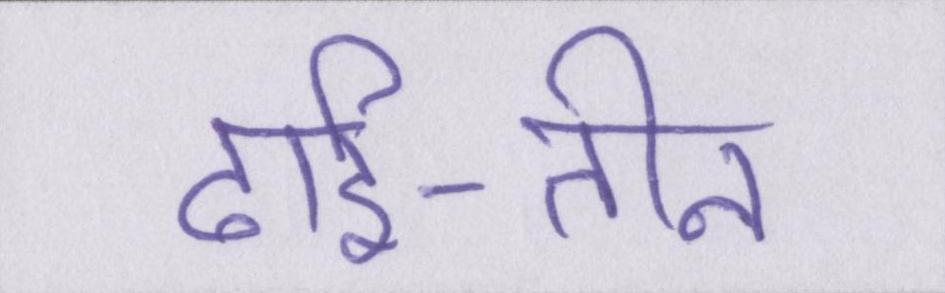
ढाई-तीन